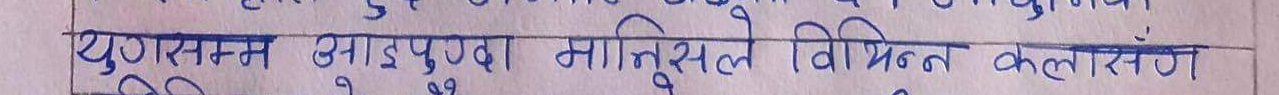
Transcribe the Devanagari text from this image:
युगासन्न आइपुग्दा मानिसले विभिन्न कलारंग